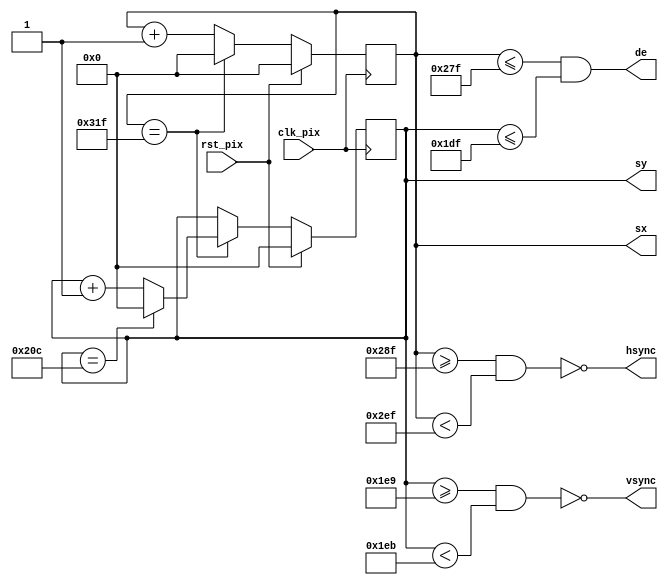
// Project F: FPGA Graphics - Simple 640x480p60 Display
// (C)2022 Will Green, open source hardware released under the MIT License
// Learn more at https://projectf.io/posts/fpga-graphics/

`default_nettype none
`timescale 1ns / 1ps

module simple_480p (
    input  wire clk_pix,   // pixel clock
    input  wire rst_pix,   // reset in pixel clock domain
    output reg  [9:0] sx,  // horizontal screen position
    output reg  [9:0] sy,  // vertical screen position
    output      hsync,     // horizontal sync
    output      vsync,     // vertical sync
    output      de         // data enable (low in blanking interval)
    );

    // horizontal timings
    parameter HA_END = 639;           // end of active pixels
    parameter HS_STA = HA_END + 16;   // sync starts after front porch
    parameter HS_END = HS_STA + 96;   // sync ends
    parameter LINE   = 799;           // last pixel on line (after back porch)

    // vertical timings
    parameter VA_END = 479;           // end of active pixels
    parameter VS_STA = VA_END + 10;   // sync starts after front porch
    parameter VS_END = VS_STA + 2;    // sync ends
    parameter SCREEN = 524;           // last line on screen (after back porch)

    assign hsync = ~(sx >= HS_STA && sx < HS_END);  // invert: negative polarity
    assign vsync = ~(sy >= VS_STA && sy < VS_END);  // invert: negative polarity
    assign de = (sx <= HA_END && sy <= VA_END);

    // calculate horizontal and vertical screen position
    always @(posedge clk_pix)
    begin
        if (sx == LINE) begin  // last pixel on line?
            sx <= 0;
            sy <= (sy == SCREEN) ? 0 : sy + 1;  // last line on screen?
        end else begin
            sx <= sx + 1;
        end
        if (rst_pix) begin
            sx <= 0;
            sy <= 0;
        end
    end
endmodule